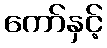
ကော်နှင့်